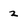
Character: 2